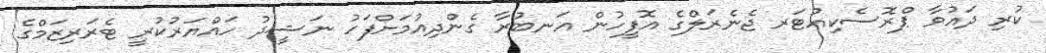
ކުރި ދައުވާ ޕްރޮސެކިއުޓަރ ޖެނެރަލްގެ އޮފީހުން އަނބުރާ ގެންދިއުމަށްފަހު ނަޝީދު ހައްޔަރުކުރީ ޓެރަރިޒަމްގެ